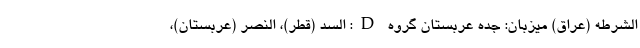
الشرطه (عراق) میزبان: جده عربستان گروه D: السد (قطر)، النصر (عربستان)،